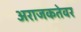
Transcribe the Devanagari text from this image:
अराजकतेवर